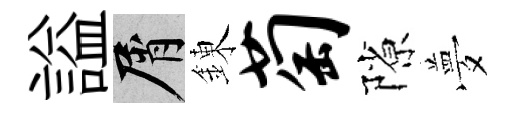
謚屑錬萄隙夢